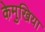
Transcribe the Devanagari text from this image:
केमुखिया